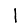
Digit: 1